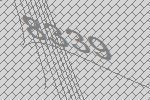
8339